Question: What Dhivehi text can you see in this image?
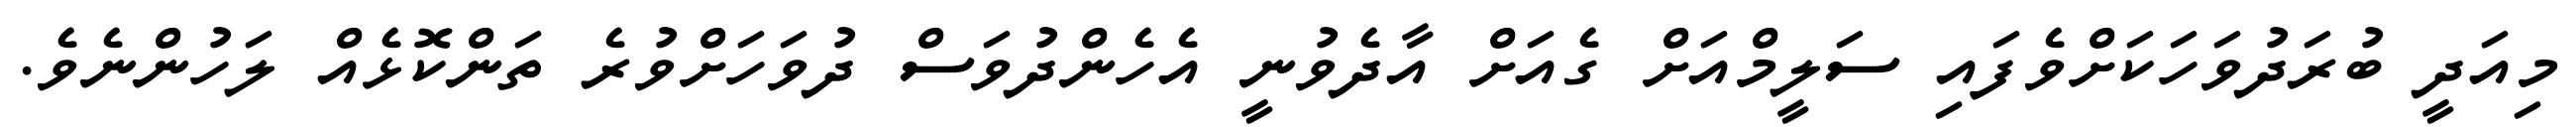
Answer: މިއަދީ ބުރަދުވަހަކަށްވެފައި ސަލީމްއަށް ގެއަށް އާދެވުނީ އެހެންދުވަސް ދުވަހަށްވުރެ ތަންކޮޅެއް ލަހުންނެވެ.